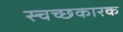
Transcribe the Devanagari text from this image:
स्चच्छकारक